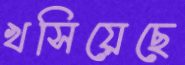
খসিয়েছে